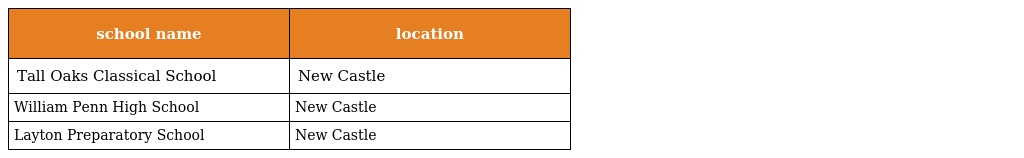
| school name | location |
 | --- | --- |
 | Tall Oaks Classical School | New Castle |
 | William Penn High School | New Castle |
 | Layton Preparatory School | New Castle |